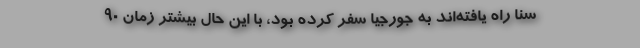
سنا راه یافته‌اند به جورجیا سفر کرده بود، با این حال بیشتر زمان ۹۰